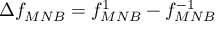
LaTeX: \Delta f _ { M N B } = f _ { M N B } ^ { 1 } - f _ { M N B } ^ { - 1 }